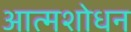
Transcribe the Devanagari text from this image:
आत्मशोधन